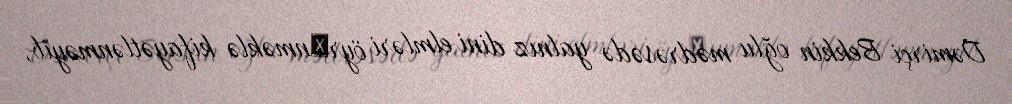
Dəmirçi Bekkin oğlu mədrəsədə yalnız dini elmləri öyrәnməklə kifayətlənməyib,